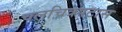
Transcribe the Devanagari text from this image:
चलचित्रपटास